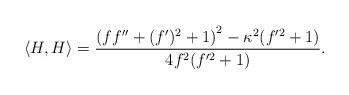
LaTeX: \begin{align*} \langle H, H \rangle = \frac{\left(f f''+(f')^2 + 1\right)^2 -\kappa^2 (f'^2 +1)}{4f^2(f'^2 +1)}.\end{align*}